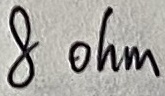
Text: 8ohm